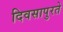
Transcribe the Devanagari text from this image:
दिवसापुरते